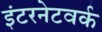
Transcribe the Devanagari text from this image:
इंटरनेटवर्क